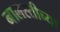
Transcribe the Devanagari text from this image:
नालस्तीच्या